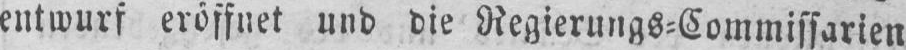
entwurf eröffnet und die Regierungs⸗Commissarien